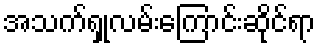
အသက်ရှုလမ်းကြောင်းဆိုင်ရာ